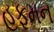
હફમન